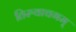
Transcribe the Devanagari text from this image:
तिरुवाचगम्‌